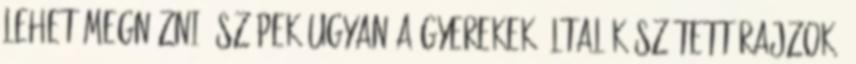
lehet megnézni: szépek ugyan a gyerekek által készített rajzok,